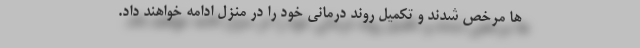
ها مرخص شدند و تکمیل روند درمانی خود را در منزل ادامه خواهند داد.